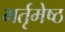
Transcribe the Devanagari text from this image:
भर्तृमेष्ठ